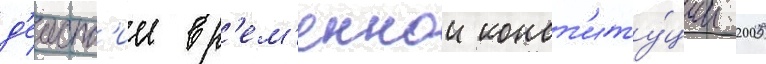
д'еиств'ие вр'ем'еннои конст'иту́ции 2005